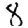
Digit: 8